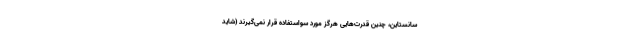
سانستاین، چنین قدرت‌هایی هرگز مورد سواستفاده قرار نمی‌گیرند (شاید